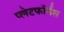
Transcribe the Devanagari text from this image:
प्लेटफॉर्मस